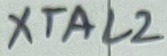
Text: XTAL2